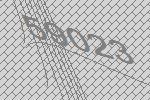
59023